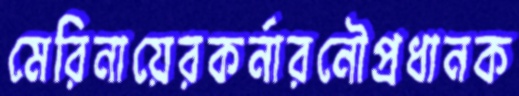
মেরিনায়েরকর্নারনৌপ্রধানক